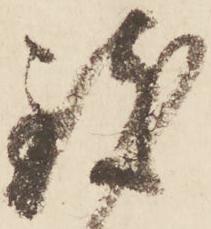
致